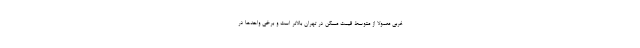
غربی معمولا از متوسط قیمت مسکن در تهران بالاتر است و برخی واحدها در